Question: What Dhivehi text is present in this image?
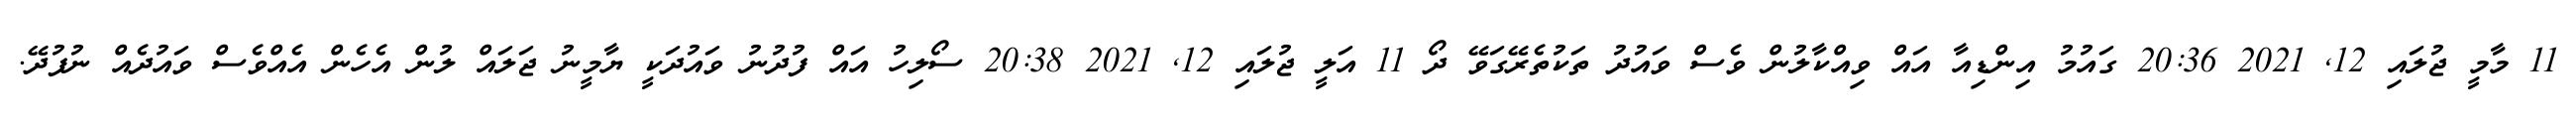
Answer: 11 މާމީ ޖުލައި 12, 2021 20:36 ގައުމު އިންޑިއާ އައް ވިއްކާލުން ވެސް ވައުދު ތަކުތެރޭގަވޭ ދޯ 11 އަލީ ޖުލައި 12, 2021 20:38 ސޯލިހު އައް ފުދުނު ވައުދަކީ ޔާމީނު ޖަލައް ލުން އެހެން އެއްވެސް ވައުދެއް ނުފުދޭ.